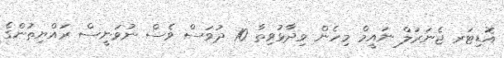
އޮޑިޓަރ ޖެނަރަލް ނައީމް މިހެން ވިދާޅުވިތާ 10 ދުވަސް ވެސް ނުވަނީސް ރައްޔިތުންގެ